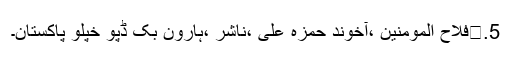
5.	فلاح المومنین ،آخوند حمزہ علی ،ناشر ،ہارون بک ڈپو خپلو پاکستان۔